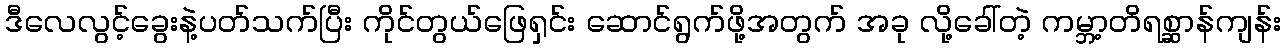
ဒီလေလွင့်ခွေးနဲ့ပတ်သက်ပြီး ကိုင်တွယ်ဖြေရှင်း ဆောင်ရွက်ဖို့အတွက် အခု လို့ခေါ်တဲ့ ကမ္ဘာ့တိရစ္ဆာန်ကျန်း